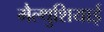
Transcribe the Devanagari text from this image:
मैल्थुशियाई